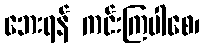
ဘေးရန် ကင်းကြပါစေ၊